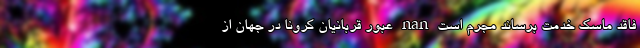
فاقد ماسک خدمت برساند مجرم است nan عبور قربانیان کرونا در جهان از